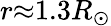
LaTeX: r{\approx}1.3R_{\odot}